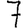
Digit: 7